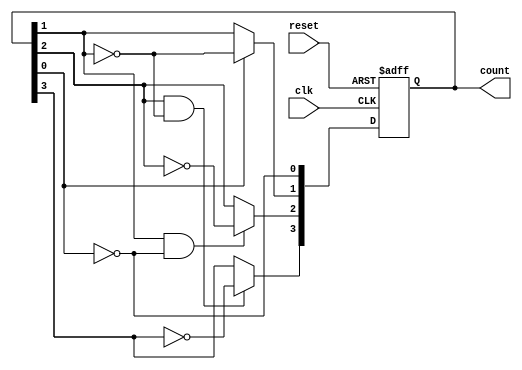
module async_counter (
    input wire clk,          // Clock input
    input wire reset,        // Asynchronous reset input
    output reg [n-1:0] count // Counter output
);
    parameter n = 4; // Number of bits in the counter (4 bits for a 4-bit counter)

    // Always block for the counter logic
    always @(posedge clk or posedge reset) begin
        if (reset) begin
            count <= 0; // Reset the counter to 0
        end else begin
            count[0] <= ~count[0]; // Toggle LSB
            count[1] <= count[0] ? ~count[1] : count[1]; // Toggle next bit on LSB falling edge
            count[2] <= (count[1] & ~count[0]) ? ~count[2] : count[2]; // Toggle next bit on second bit falling edge
            count[3] <= (count[2] & ~count[1]) ? ~count[3] : count[3]; // Toggle next bit on third bit falling edge
        end
    end
endmodule